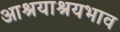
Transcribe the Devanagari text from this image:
आश्रयाश्रयभाव